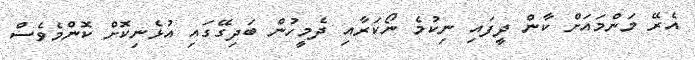
އެރޭ މަންމައަށް ކާން ދީފައި ނިކުމެ ނޯކަރާއި ދެމީހުން ބަދިގޭގައި އުޅެނިކޮށް ކޮންމެވެސް